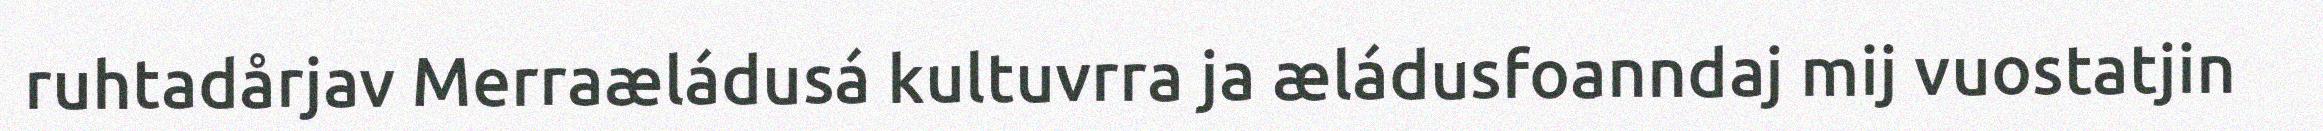
ruhtadårjav Merraæládusá kultuvrra ja æládusfoanndaj mij vuostatjin